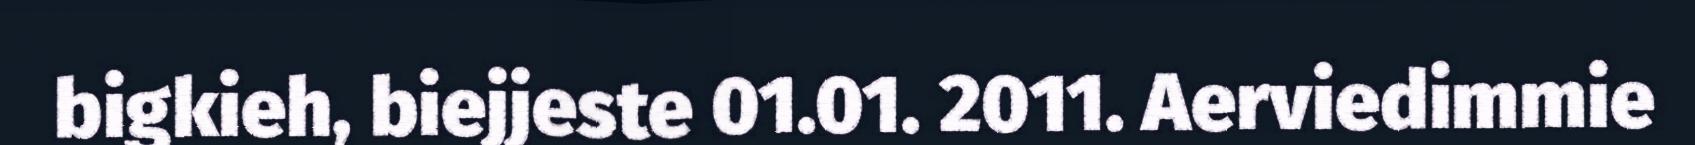
bigkieh, biejjeste 01.01. 2011. Aerviedimmie